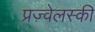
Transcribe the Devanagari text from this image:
प्रज़्वेलस्की